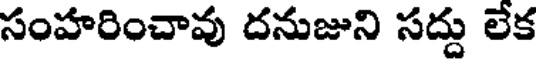
సంహరించావు దనుజుని సద్దు లేక